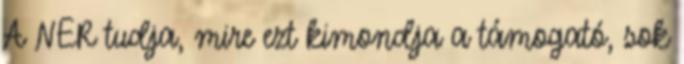
A NER tudja, mire ezt kimondja a támogató, sok